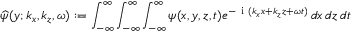
\widehat { \psi } ( y ; k _ { x } , k _ { z } , \omega ) : = \int _ { - \infty } ^ { \infty } \int _ { - \infty } ^ { \infty } \int _ { - \infty } ^ { \infty } \psi ( x , y , z , t ) e ^ { - \mathrm { ~ i ~ } ( k _ { x } x + k _ { z } z + \omega t ) } \, d x \, d z \, d t